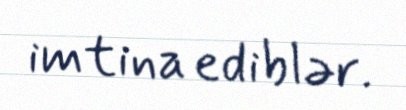
imtina ediblər.